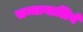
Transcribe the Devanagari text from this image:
सन्धावालिये